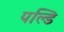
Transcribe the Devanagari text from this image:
पल्डि